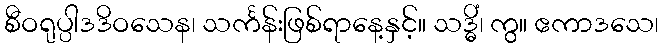
စီဝရုပ္ပါဒဒိဝသေန၊ သင်္ကန်းဖြစ်ရာနေ့နှင့်။ သဒ္ဓိံ၊ ကွ။ ဧကာဒသေ၊